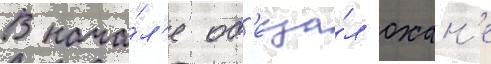
В нача́л'е об'еща́л охан'е